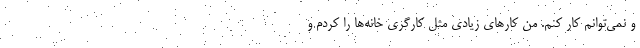
و نمی‌توانم کار کنم. من کارهای زیادی مثل کارگری خانه‌ها را کردم و